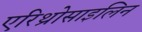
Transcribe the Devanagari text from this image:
एरिथ्रोसाइलिन